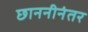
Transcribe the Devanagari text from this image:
छाननीनंतर